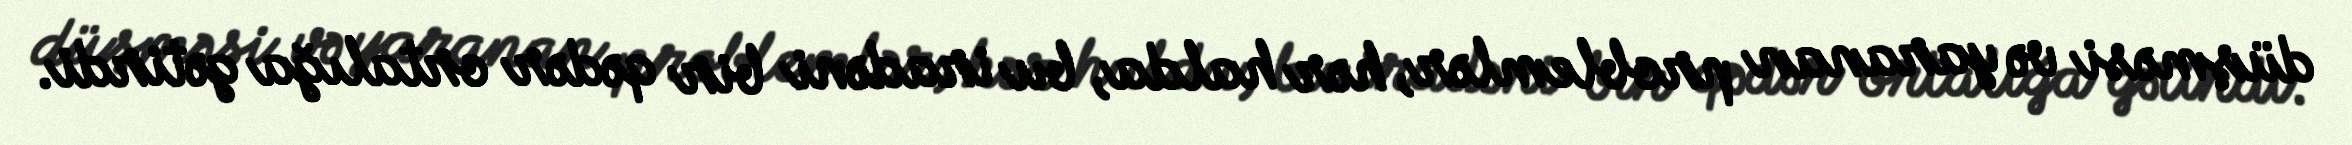
düşməsi və yaranan problemlər, hər halda, bu iradəni bir qədər ortalığa gətirdi.